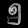
Digit: ၅